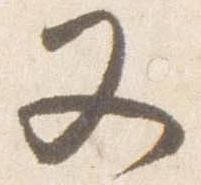
又